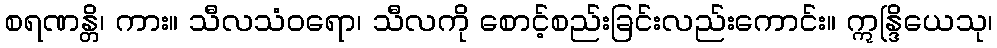
စရဏန္တိ၊ ကား။ သီလသံဝရော၊ သီလကို စောင့်စည်းခြင်းလည်းကောင်း။ ဣန္ဒြိယေသု၊